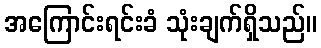
အကြောင်းရင်းခံ သုံးချက်ရှိသည်။